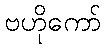
ဗဟိုကော်